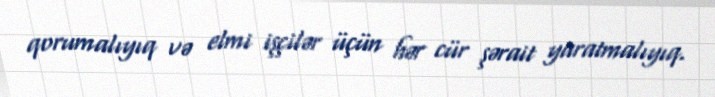
qorumalıyıq və elmi işçilər üçün hər cür şərait yaratmalıyıq.